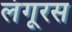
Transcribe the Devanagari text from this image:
लंगूरस